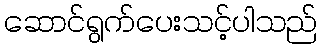
ဆောင်ရွက်ပေးသင့်ပါသည်